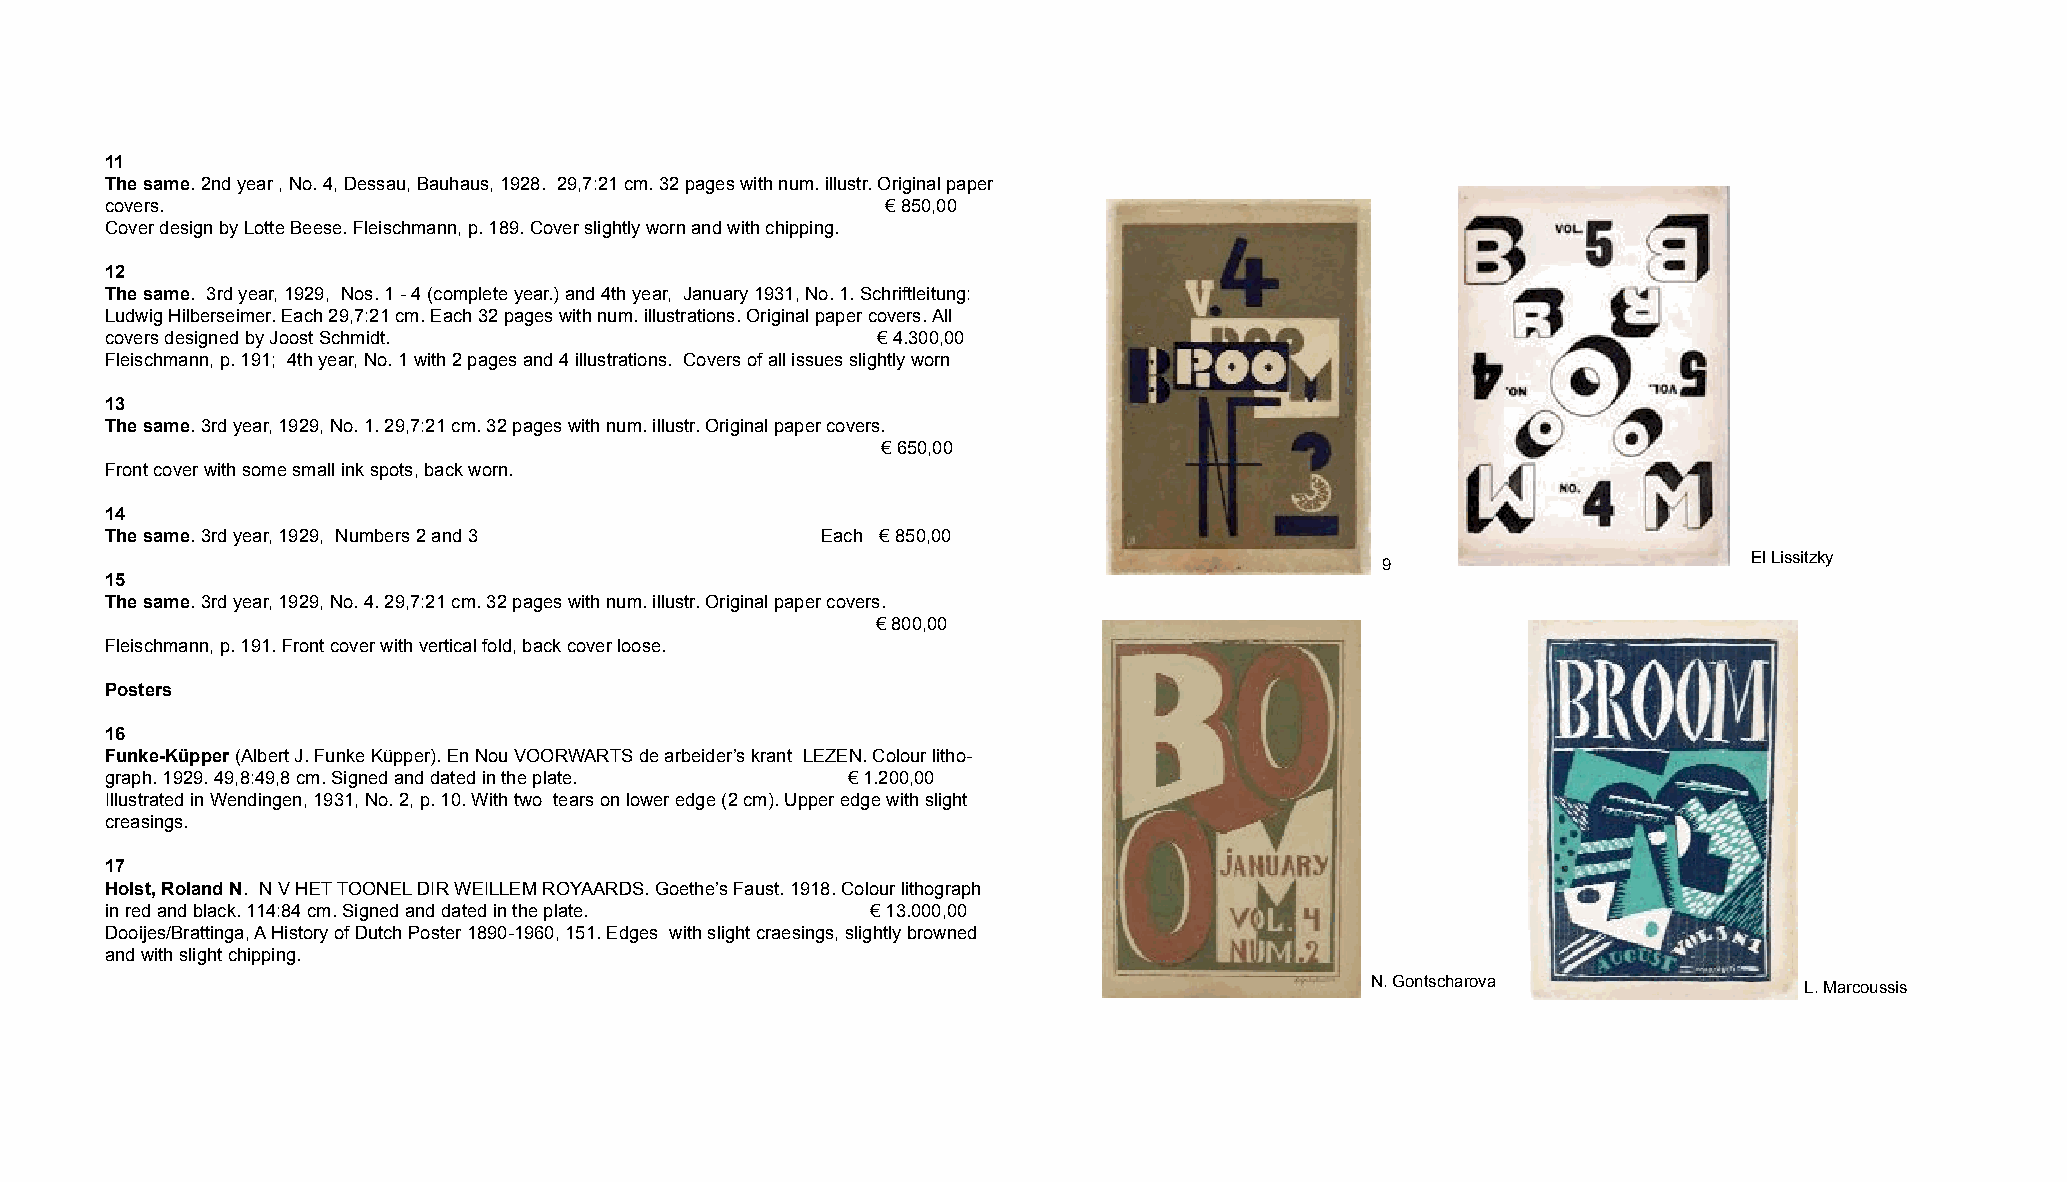
11
 The same. 2nd year , No. 4, Dessau, Bauhaus, 1928. 29,7:21 cm. 32 pages with num. illustr. Original paper
 covers.                                             ! 850,00
 Cover design by Lotte Beese. Fleischmann, p. 189. Cover slightly worn and with chipping.
 12
 The same. 3rd year, 1929, Nos. 1 - 4 (complete year.) and 4th year, January 1931, No. 1. Schriftleitung:
 Ludwig Hilberseimer. Each 29,7:21 cm. Each 32 pages with num. illustrations. Original paper covers. All
 covers designed by Joost Schmidt.                  ! 4.300,00
 Fleischmann, p. 191; 4th year, No. 1 with 2 pages and 4 illustrations. Covers of all issues slightly worn
 13
 The same. 3rd year, 1929, No. 1. 29,7:21 cm. 32 pages with num. illustr. Original paper covers.
 ! 650,00
 Front cover with some small ink spots, back worn.
 14
 The same. 3rd year, 1929, Numbers 2 and 3      Each ! 850,00
 El Lissitzky
 9
 15
 The same. 3rd year, 1929, No. 4. 29,7:21 cm. 32 pages with num. illustr. Original paper covers.
 ! 800,00
 Fleischmann, p. 191. Front cover with vertical fold, back cover loose.
 Posters
 16
 Funke-Küpper(Albert J. Funke Küpper). En Nou VOORWARTS de arbeider’s krant LEZEN. Colour litho-
 graph. 1929. 49,8:49,8 cm. Signed and dated in the plate. ! 1.200,00
 Illustrated in Wendingen, 1931, No. 2, p. 10. With two tears on lower edge (2 cm). Upper edge with slight
 creasings.
 17
 Holst, Roland N. N V HETTOONELDIR WEILLEM ROYAARDS. Goethe’s Faust. 1918. Colour lithograph
 in red and black. 114:84 cm. Signed and dated in the plate. ! 13.000,00
 Dooijes/Brattinga, AHistory of Dutch Poster 1890-1960, 151. Edges with slight craesings, slightly browned
 and with slight chipping.
 N. Gontscharova
 L. Marcoussis